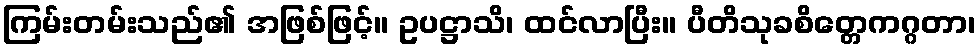
ကြမ်းတမ်းသည်၏ အဖြစ်ဖြင့်။ ဥပဋ္ဌာသိ၊ ထင်လာပြီး။ ပီတိသုခစိတ္တေကဂ္ဂတာ၊